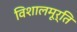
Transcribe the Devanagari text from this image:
विशालमूर्ति